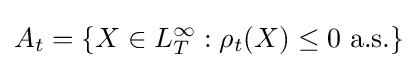
A_{t}=\{X\in L_{T}^{\infty }:\rho _{t}(X)\leq 0{\text{ a.s.}}\}